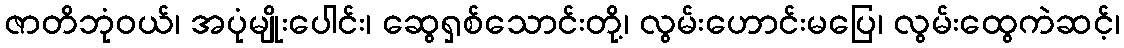
ဇာတိဘုံဝယ်၊ အပုံမျိုးပေါင်း၊ ဆွေရှစ်သောင်းတို့၊ လွမ်းဟောင်းမပြေ၊ လွမ်းထွေကဲဆင့်၊